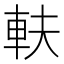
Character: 䡍